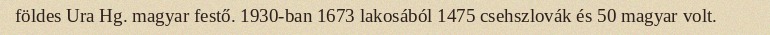
földes Ura Hg. magyar festő. 1930-ban 1673 lakosából 1475 csehszlovák és 50 magyar volt.